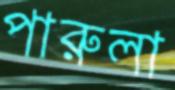
পারুলা